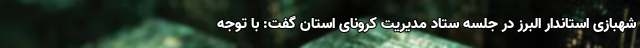
شهبازی استاندار البرز در جلسه ستاد مدیریت کرونای استان گفت: با توجه